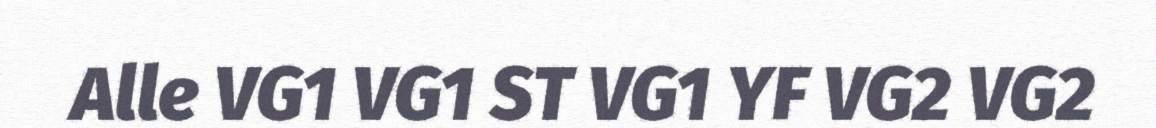
Alle VG1 VG1 ST VG1 YF VG2 VG2